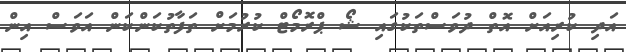
އަދި ކުރިއަށް އޮތް ދުވަސްތަކުގައި ޝޯ ޕްރޮމޯޓް ކުރުމަށް ތަފާތުކަންކަން އަވަސް އިން